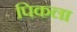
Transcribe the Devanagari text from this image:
पिकला